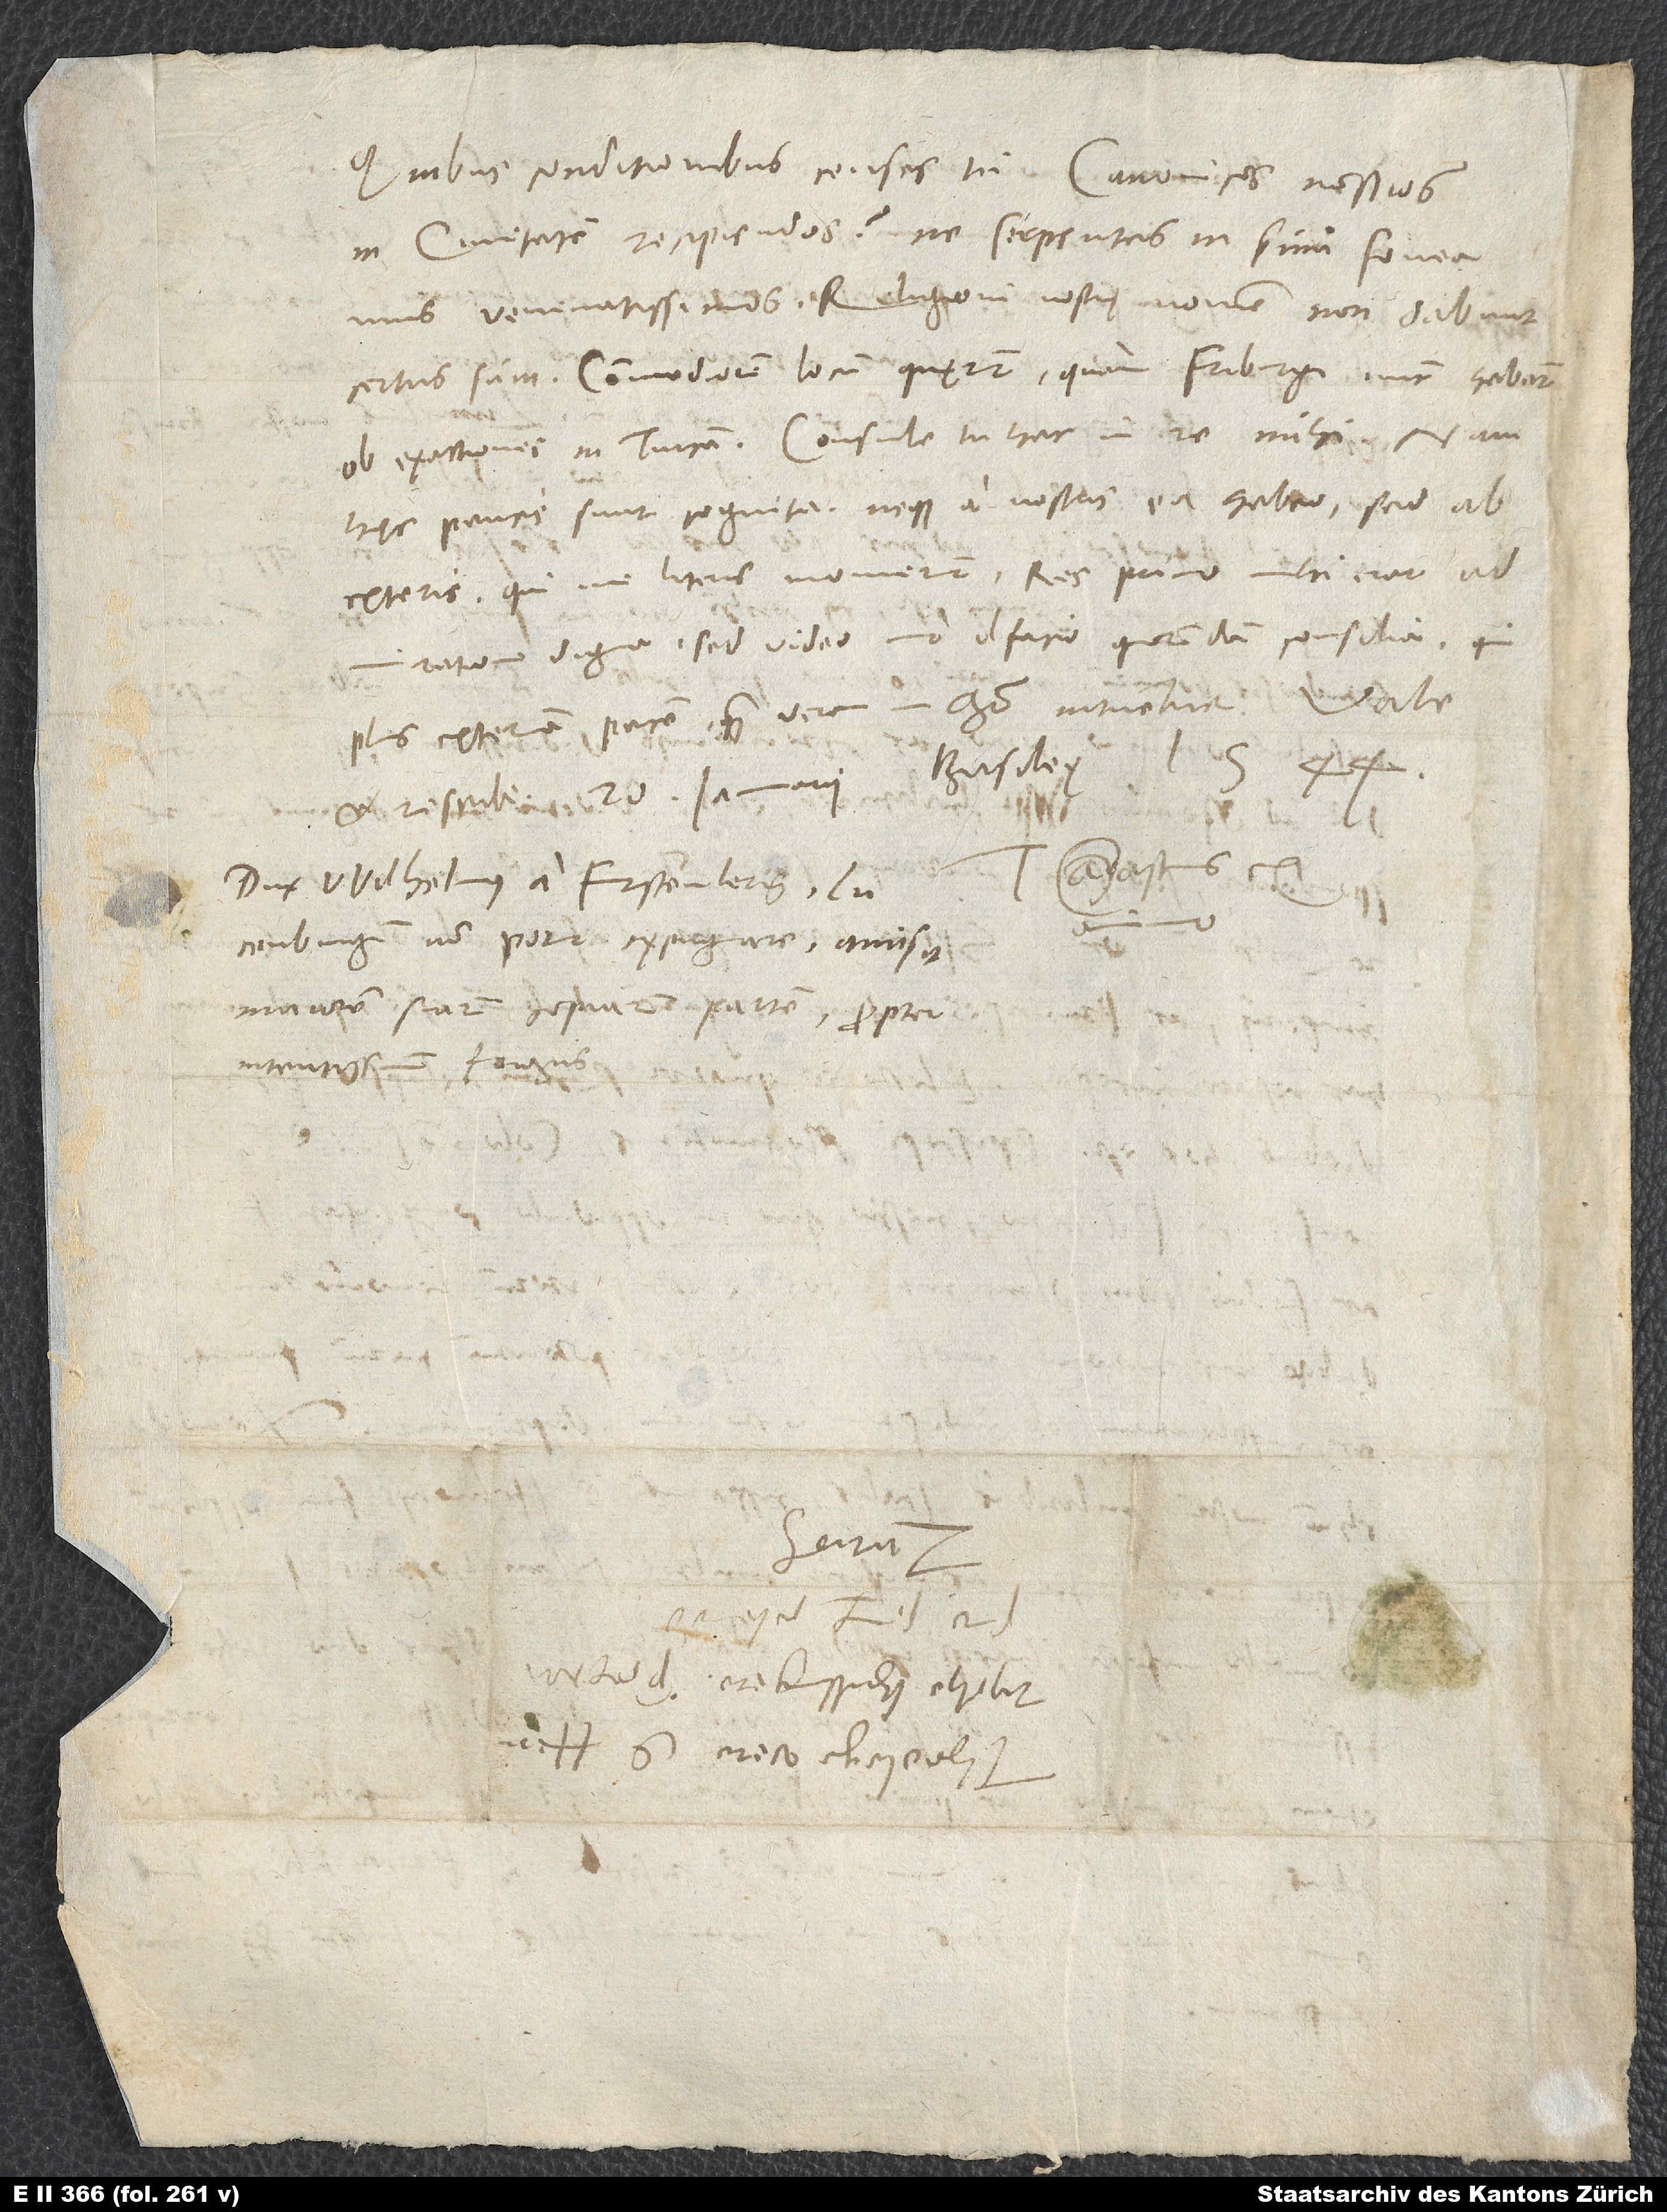
Quibus conditionibus censes tu canonicos nostros
in civitatem recipiendos, ne serpentes in sinu foveamus
venenatissimos? Religioni nostrę nomen non dabunt,
certus sum. Commodiorem locum quęrunt, quam Friburgi nunc habent,
ob exactiones in Turcam. Consule tu hac in re mihi.
hęc paucis sunt cognita neque a nostris ea habeo, sed ab
exteris, qui me literis monuerunt. Res primo mihi erat
admiratione digna; sed video, imo olfacio quorundam consilia, qui
plus exteram pacem quam veram in Christo intuentur.
et rescribe. 20. ianuarii, Basileę, 1544.
S.
Dux Wilhelmus a Furstenberg
d.
Lucenburgum non potuit expugnare. Amisit
maiorem suarum copiarum partem propter
intentissimum frigus.